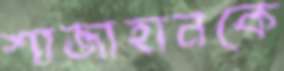
শাজাহানকে